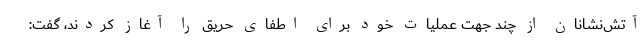
آتش‌نشانان از چند جهت عملیات خود برای اطفای حریق را آغاز کردند، گفت: